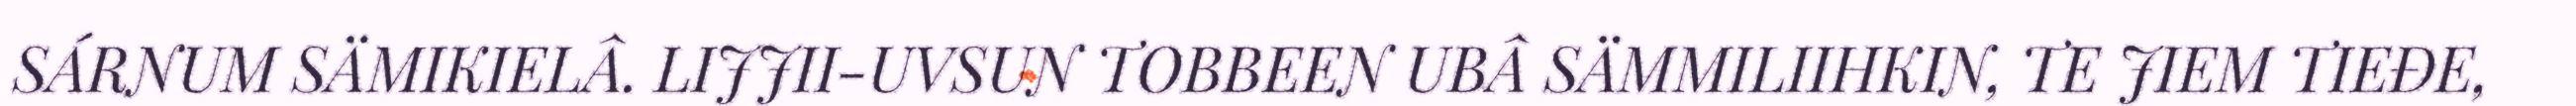
SÁRNUM SÄMIKIELÂ. LIJJII-UVSUN TOBBEEN UBÂ SÄMMILIIHKIN, TE JIEM TIEĐE,